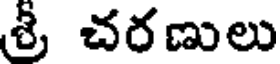
శ్రీ చరణులు